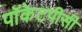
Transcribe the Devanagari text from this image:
पॉकेटपीसी